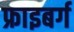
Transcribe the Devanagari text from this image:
फ्राइबर्ग